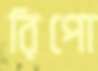
রিপো